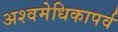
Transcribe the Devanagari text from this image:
अश्वमेधिकापर्व